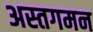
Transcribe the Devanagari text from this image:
अस्तगमन